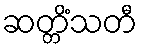
ဆတ္တိံသတီ